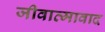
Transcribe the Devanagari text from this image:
जीवात्मावाद